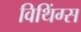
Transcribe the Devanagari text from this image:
विथिंग्स